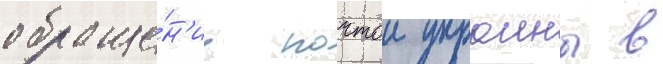
обраще́н'ие почтои украины в